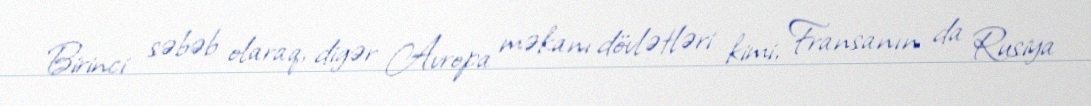
Birinci səbəb olaraq, digər Avropa məkanı dövlətləri kimi, Fransanın da Rusiya